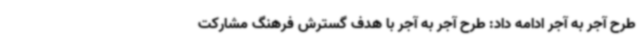
طرح آجر به آجر ادامه داد: طرح آجر به آجر با هدف گسترش فرهنگ مشارکت